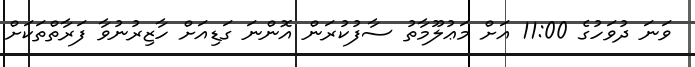
ވަނަ ދުވަހުގެ 11:00 އަށް މަޢުލޫމާތު ސާފުކުރަން އޮންނަ ގަޑިއަށް ހާޒިރުނުވާ ފަރާތްތަކަށް